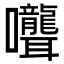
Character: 𭍎